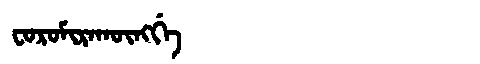
Manchu: ᠸᠣᡵᠣᠮᡳᡵᠠᡴᡡᠩᡤᡝ
Romanization: FOROMIRAKŪNGGE